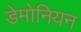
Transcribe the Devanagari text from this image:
डेमोनियन